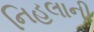
નિહલાની